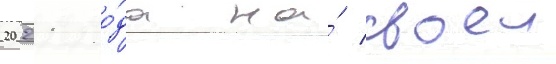
2021 го́да на́ своеи